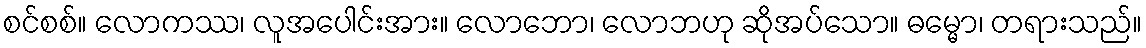
စင်စစ်။ လောကဿ၊ လူအပေါင်းအား။ လောဘော၊ လောဘဟု ဆိုအပ်သော။ ဓမ္မော၊ တရားသည်။